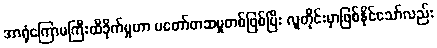
အာရုံကြောမကြီးထိခိုက်မှုဟာ မတော်တဆမှုတစ်ဖြစ်ပြီး လူတိုင်းမှာဖြစ်နိုင်သော်လည်း